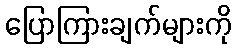
ပြောကြားချက်များကို